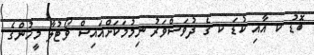
ބޮޑު ކ އާއި ކުޑަ ކ ގެ ދުވަސްވަރު ނިމުމަކަށްއަައިސް ވޯޓުލާ މީހުންގެ